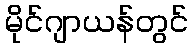
မိုင်ဂျာယန်တွင်